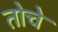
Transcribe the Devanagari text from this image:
तोचे